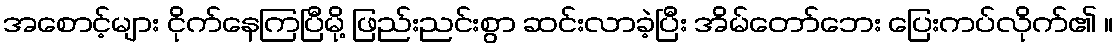
အစောင့်များ ငိုက်နေကြပြီမို့ ဖြည်းညင်းစွာ ဆင်းလာခဲ့ပြီး အိမ်တော်ဘေး ပြေးကပ်လိုက်၏ ။